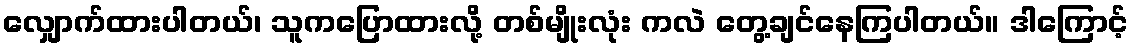
လျှောက်ထားပါတယ်၊ သူကပြောထားလို့ တစ်မျိုးလုံး ကလဲ တွေ့ချင်နေကြပါတယ်။ ဒါကြောင့်